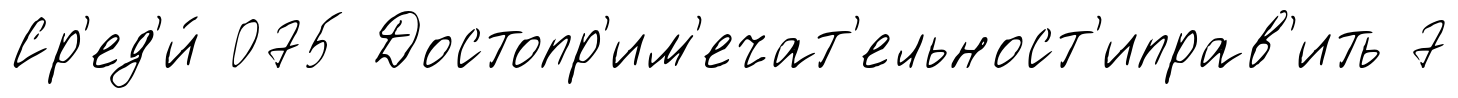
Ср'ед'и́ 075 Достопр'им'ечат'ельност'иправ'ить 7